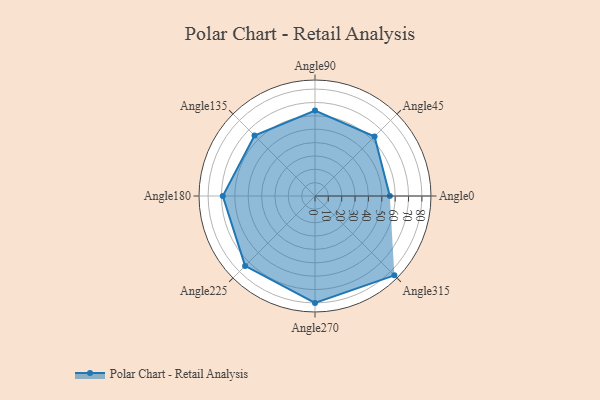
{"axis": {"x": "Angle", "y": "Radius"}, "legend": [""], "data": [{"x": "Angle0", "y": 56.0, "type": ""}, {"x": "Angle45", "y": 63.0, "type": ""}, {"x": "Angle90", "y": 64.0, "type": ""}, {"x": "Angle135", "y": 64.0, "type": ""}, {"x": "Angle180", "y": 69.0, "type": ""}, {"x": "Angle225", "y": 74.0, "type": ""}, {"x": "Angle270", "y": 80.0, "type": ""}, {"x": "Angle315", "y": 84.0, "type": ""}]}